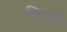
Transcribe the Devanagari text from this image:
ख़िल्जी